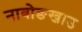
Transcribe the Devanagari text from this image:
नाबोङखाउ